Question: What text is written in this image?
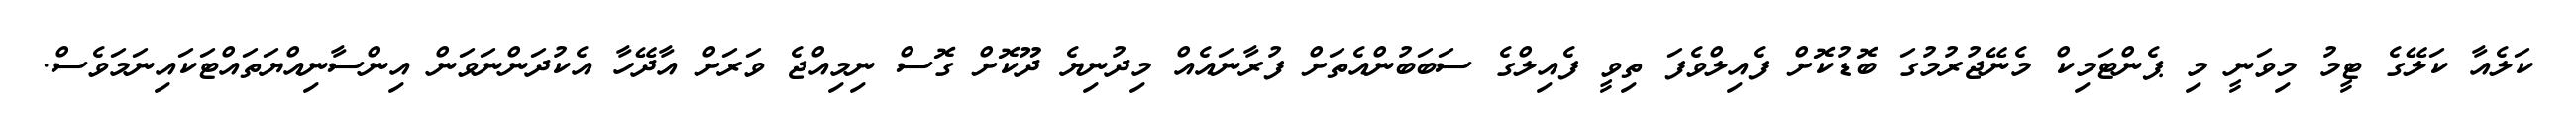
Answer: ކަލެއާ ކަލޭގެ ޓީމު މިވަނީ މި ޕެންޓަމިކް މެނޭޖުރުމުގަ ބޮޑުކޮށް ފެއިލްވެފަ ތިވީ ފެއިލްގެ ސަބަބުންއެތަށް ފުރާނައެއް މިދުނިޔެ ދޫކޮށް ގޮސް ނިމިއްޖެ ވަރަށް އާދޭހާ އެކުދަންނަވަން އިންސާނިއްޔަތައްޓަކައިނަމަވެސް.